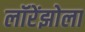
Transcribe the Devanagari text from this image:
लॉरेंझोला